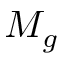
M _ { g }